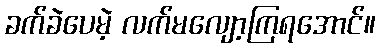
ခက်ခဲပေမဲ့ လက်မလျော့ကြရအောင်။